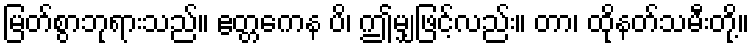
မြတ်စွာဘုရားသည်။ ဧတ္တကေန ပိ၊ ဤမျှဖြင့်လည်း။ တာ၊ ထိုနတ်သမီးတို့။